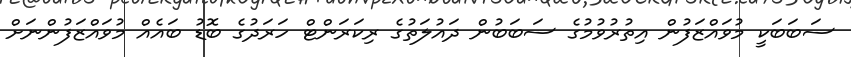
ސަބަބަކީ މުވައްޒަފުން އިތުރުވުމުގެ ސަބަބުން ދައުލަތުގެ ރިކަރަންޓް ހަރަދުގެ ބޮޑު ބައެއް މުވައްޒަފުންނަށް